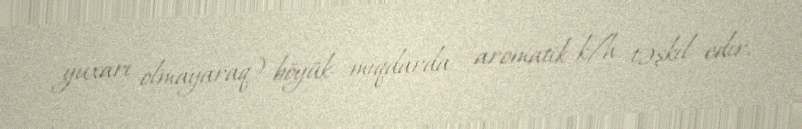
yuxarı olmayaraq) böyük miqdarda –aromatik k/h təşkil edir.